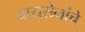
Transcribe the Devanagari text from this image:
वायुसेनांचे